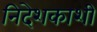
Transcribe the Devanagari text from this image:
निदेशकाशी